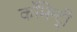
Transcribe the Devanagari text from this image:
काँमेन्ट्री